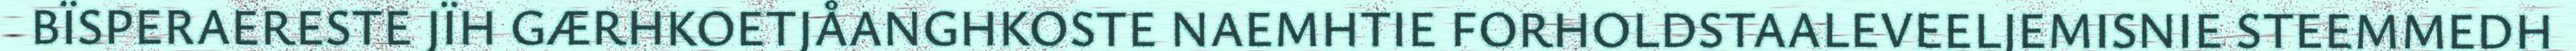
BÏSPERAERESTE JÏH GÆRHKOETJÅANGHKOSTE NAEMHTIE FORHOLDSTAALEVEELJEMISNIE STEEMMEDH